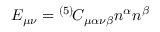
E _ { \mu \nu } = { } ^ { ( 5 ) \! } C _ { \mu \alpha \nu \beta } n ^ { \alpha } n ^ { \beta }